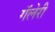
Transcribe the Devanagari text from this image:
गॅलेरी